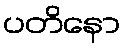
ပတိနော